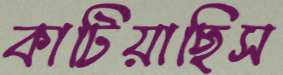
কাটিয়াছিস